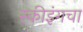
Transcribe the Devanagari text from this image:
स्कीइंगचा